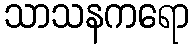
သာသနကရော